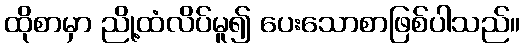
ထိုစာမှာ ညို့ထံလိပ်မူ၍ ပေးသောစာဖြစ်ပါသည်။